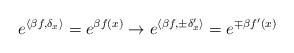
LaTeX: \begin{align*}e^{\left\langle \beta f,\delta _{x}\right\rangle }=e^{\beta f\left( x\right)}\rightarrow e^{\left\langle \beta f,\pm \delta _{x}^{\prime }\right\rangle}=e^{\mp \beta f^{\prime }\left( x\right) } \end{align*}